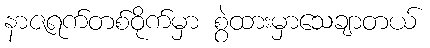
နာဇရက်တစ်ဝိုက်မှာ စွဲထားမှာသေချာတယ်